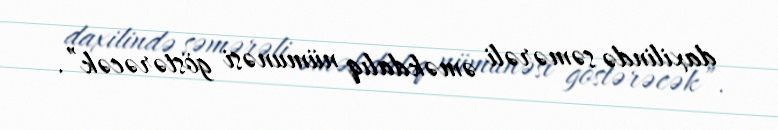
daxilində səmərəli əməkdalıq nümunəsi göstərəcək”.